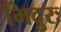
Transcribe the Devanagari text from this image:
भिदुरः